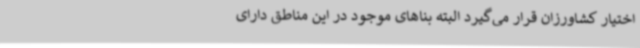
اختیار کشاورزان قرار می‌گیرد البته بناهای موجود در این مناطق دارای